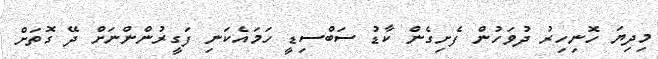
މިދިޔަ ހޮނިހިރު ދުވަހުން ފެށިގެން ކާޑު ސަބްސިޑީ ހަމައެކަނި ފަގީރުންންނަށް ދޭ ގޮތަށް